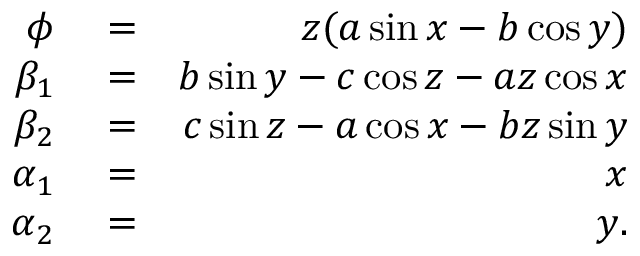
\begin{array} { r l r } { \phi } & { { } = } & { z ( a \sin x - b \cos y ) } \\ { \beta _ { 1 } } & { { } = } & { b \sin y - c \cos z - a z \cos x } \\ { \beta _ { 2 } } & { { } = } & { c \sin z - a \cos x - b z \sin y } \\ { \alpha _ { 1 } } & { { } = } & { x } \\ { \alpha _ { 2 } } & { { } = } & { y . } \end{array}